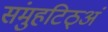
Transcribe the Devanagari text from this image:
संमुहटिठ्‌अं